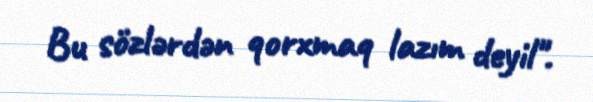
Bu sözlərdən qorxmaq lazım deyil".